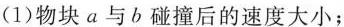
(1)物块a与b碰撞后的速度大小；